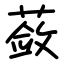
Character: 蔹